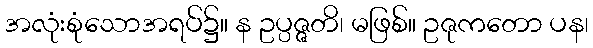
အလုံးစုံသောအရပ်၌။ န ဥပ္ပဇ္ဇတိ၊ မဖြစ်။ ဥဇုကတော ပန၊